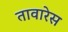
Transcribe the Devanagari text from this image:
तावारेस